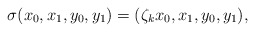
\begin{align*} \sigma(x_0,x_1,y_0,y_1)=(\zeta_k x_0,x_1, y_0,y_1),\end{align*}